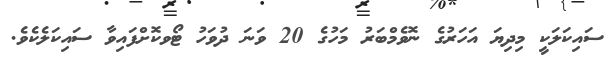
ސައިކަލަކީ މިދިޔަ އަހަރުގެ ނޮވެމްބަރު މަހުގެ 20 ވަނަ ދުވަހު ޓޯވކޮށްފައިވާ ސައިކަލެކެވެ.